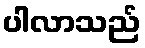
ပါလာသည်